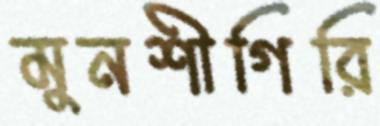
মুনশীগিরি